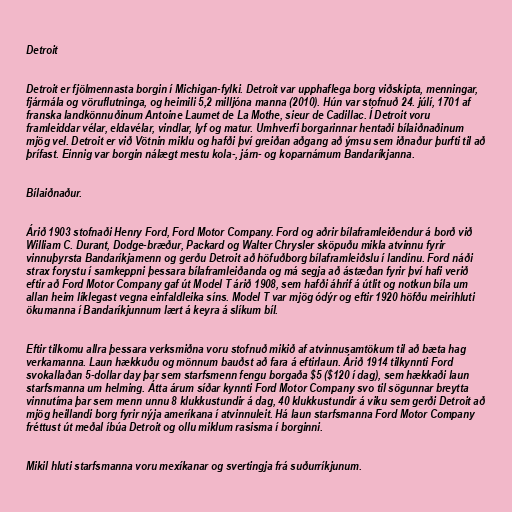
Detroit

Detroit er fjölmennasta borgin í Michigan-fylki. Detroit var upphaflega borg viðskipta, menningar,
fjármála og vöruflutninga, og heimili 5,2 milljóna manna (2010). Hún var stofnuð 24. júlí, 1701 af
franska landkönnuðinum Antoine Laumet de La Mothe, sieur de Cadillac. Í Detroit voru
framleiddar vélar, eldavélar, vindlar, lyf og matur. Umhverfi borgarinnar hentaði bílaiðnaðinum
mjög vel. Detroit er við Vötnin miklu og hafði því greiðan aðgang að ýmsu sem iðnaður þurfti til að
þrífast. Einnig var borgin nálægt mestu kola-, járn- og koparnámum Bandaríkjanna.

Bílaiðnaður.

Árið 1903 stofnaði Henry Ford, Ford Motor Company. Ford og aðrir bílaframleiðendur á borð við
William C. Durant, Dodge-bræður, Packard og Walter Chrysler sköpuðu mikla atvinnu fyrir
vinnuþyrsta Bandaríkjamenn og gerðu Detroit að höfuðborg bílaframleiðslu í landinu. Ford náði
strax forystu í samkeppni þessara bílaframleiðanda og má segja að ástæðan fyrir því hafi verið
eftir að Ford Motor Company gaf út Model T árið 1908, sem hafði áhrif á útlit og notkun bíla um
allan heim líklegast vegna einfaldleika síns. Model T var mjög ódýr og eftir 1920 höfðu meirihluti
ökumanna í Bandaríkjunnum lært á keyra á slíkum bíl.

Eftir tilkomu allra þessara verksmiðna voru stofnuð mikið af atvinnusamtökum til að bæta hag
verkamanna. Laun hækkuðu og mönnum bauðst að fara á eftirlaun. Árið 1914 tilkynnti Ford
svokallaðan 5-dollar day þar sem starfsmenn fengu borgaða $5 ($120 í dag), sem hækkaði laun
starfsmanna um helming. Átta árum síðar kynnti Ford Motor Company svo til sögunnar breytta
vinnutíma þar sem menn unnu 8 klukkustundir á dag, 40 klukkustundir á viku sem gerði Detroit að
mjög heillandi borg fyrir nýja ameríkana í atvinnuleit. Há laun starfsmanna Ford Motor Company
fréttust út meðal íbúa Detroit og ollu miklum rasisma í borginni.

Mikil hluti starfsmanna voru mexíkanar og svertingja frá suðurríkjunum.